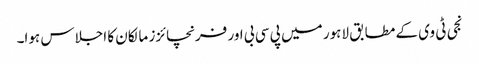
نجی ٹی وی کے مطابق لاہور میں پی سی بی اور فرنچائزز مالکان کا اجلاس ہوا۔